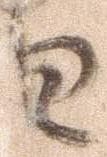
日